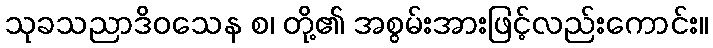
သုခသညာဒိဝသေန စ၊ တို့၏ အစွမ်းအားဖြင့်လည်းကောင်း။